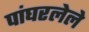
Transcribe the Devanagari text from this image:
पांघरलेले